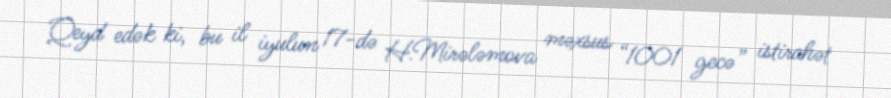
Qeyd edək ki, bu il iyulun 17-də H.Mirələmova məxsus “1001 gecə” istirahət